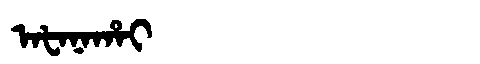
Manchu: ᠠᡶᠠᠨᠠᡥᠠᡳ
Romanization: AFANAHAI